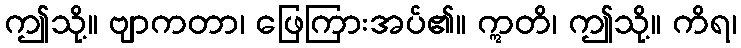
ဤသို့။ ဗျာကတာ၊ ဖြေကြားအပ်၏။ ဣတိ၊ ဤသို့။ ကိရ၊